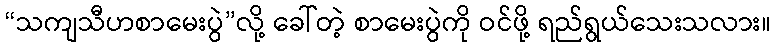
“သကျသီဟစာမေးပွဲ”လို့ ခေါ်တဲ့ စာမေးပွဲကို ဝင်ဖို့ ရည်ရွယ်သေးသလား။